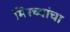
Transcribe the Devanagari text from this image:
मिरच्यांचा